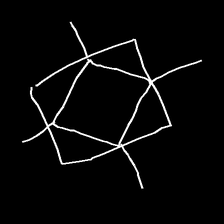
Glyph: light